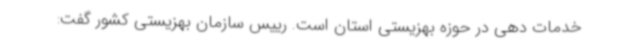
خدمات دهی در حوزه بهزیستی استان است. رییس سازمان بهزیستی کشور گفت: